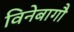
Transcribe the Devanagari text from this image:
विनेबागौ